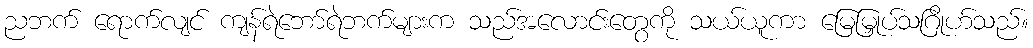
ညဘက် ရောက်လျင် ကျန်ရဲဘော်ရဲဘက်များက သည်အလောင်းတွေကို သယ်ယူကာ မြေမြှုပ်သဂြိုဟ်သည်။